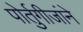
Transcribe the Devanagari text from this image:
पोर्तुगीजांने